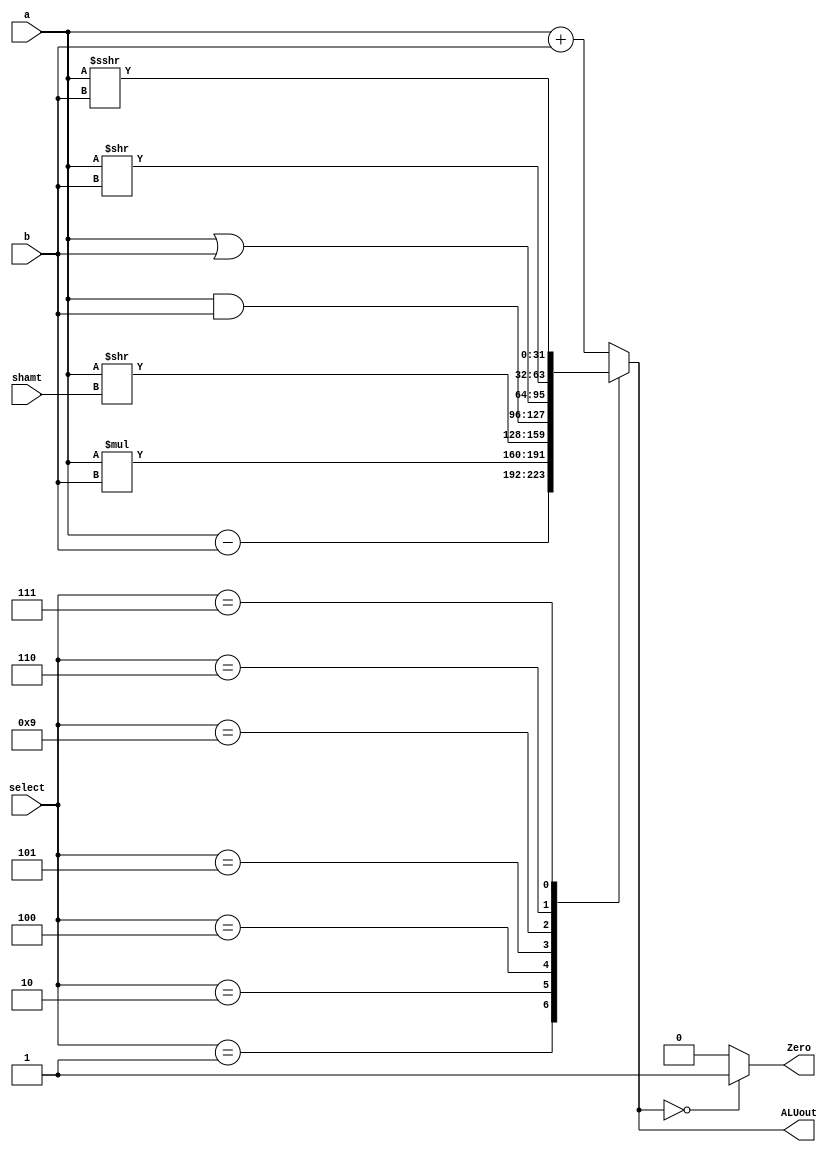
`timescale 1ns / 1ps
//////////////////////////////////////////////////////////////////////////////////
// Company: 
// Engineer: 
// 
// Design Name: 
// Module Name: ALU
// Project Name: 
// Target Devices: 
// Tool Versions: 
// Description: 
// 
// Dependencies: 
// 
// Revision:
// Revision 0.01 - File Created
// Additional Comments:
// 
//////////////////////////////////////////////////////////////////////////////////


module ALU #(parameter width = 32)
 (input [3:0]select,input signed[4:0] shamt, input signed[width-1:0]a,b,output reg Zero, output reg signed[width-1:0]ALUout

    );
    
    reg [3:0] result;
    
    always @* 
    begin
    
   case(select)
    
    4'b0000: ALUout = a+b; //add
    4'b0001: ALUout = a-b; //sub
    4'b0010: ALUout = a*b; //mult
    4'b0010: ALUout = a<<shamt; //sll
    4'b0100: ALUout = a>>shamt; //slr
    4'b0101: ALUout = a&b;
    4'b1001: ALUout = a | b; //or
    4'b0110: ALUout = a>>b;
    4'b0100: ALUout = a << b; //sllv
    4'b0111: ALUout = a>>>b;//srav
    default: ALUout = a + b;
   endcase
   if(ALUout==0)
   Zero = 1;
   else Zero =0 ;
   end
  
endmodule